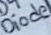
Text: Diode